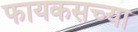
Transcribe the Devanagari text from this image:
फायकसच्या